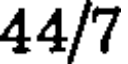
44/7